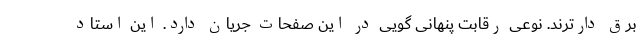
برق دارترند. نوعی رقابت پنهانی گویی در این صفحات جریان دارد. این استاد